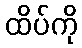
ထိပ်ကို